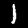
Label: 1